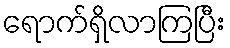
ရောက်ရှိလာကြပြီး